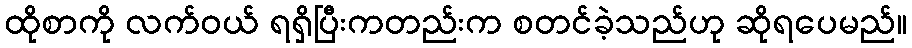
ထိုစာကို လက်ဝယ် ရရှိပြီးကတည်းက စတင်ခဲ့သည်ဟု ဆိုရပေမည်။